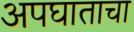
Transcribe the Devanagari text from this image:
अपघाताचा